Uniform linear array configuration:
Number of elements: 64
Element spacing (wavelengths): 0.25
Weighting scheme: uniform
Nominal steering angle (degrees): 15
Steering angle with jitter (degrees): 16.204
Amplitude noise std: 0.05
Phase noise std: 0.05

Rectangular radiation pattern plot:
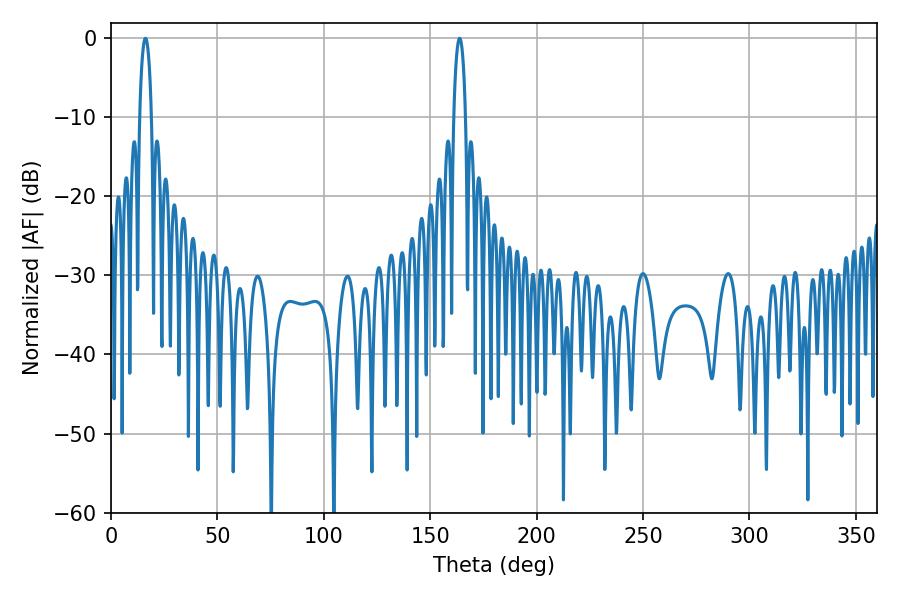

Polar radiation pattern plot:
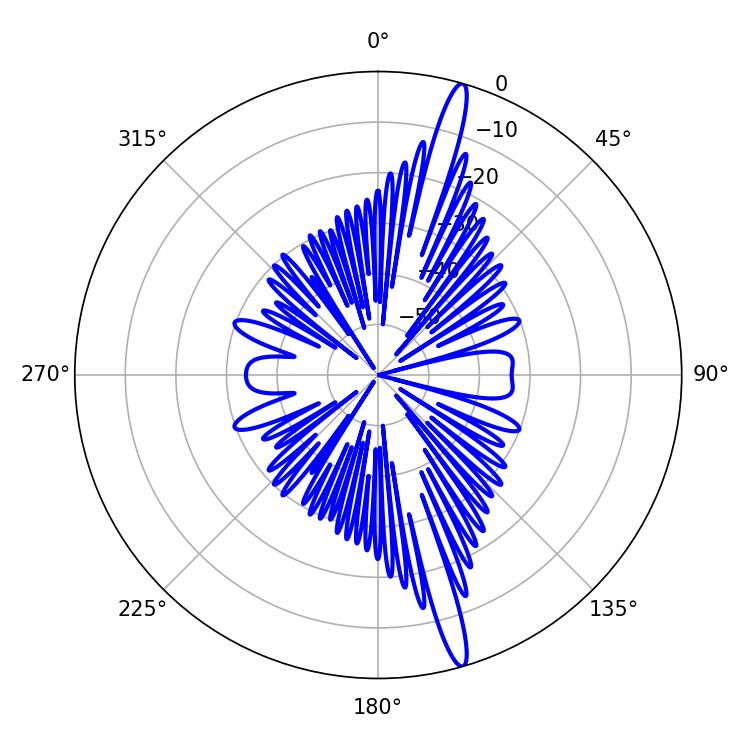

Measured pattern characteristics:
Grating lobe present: FALSE
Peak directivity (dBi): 17.464
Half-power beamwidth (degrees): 3.24
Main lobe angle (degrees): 16.2